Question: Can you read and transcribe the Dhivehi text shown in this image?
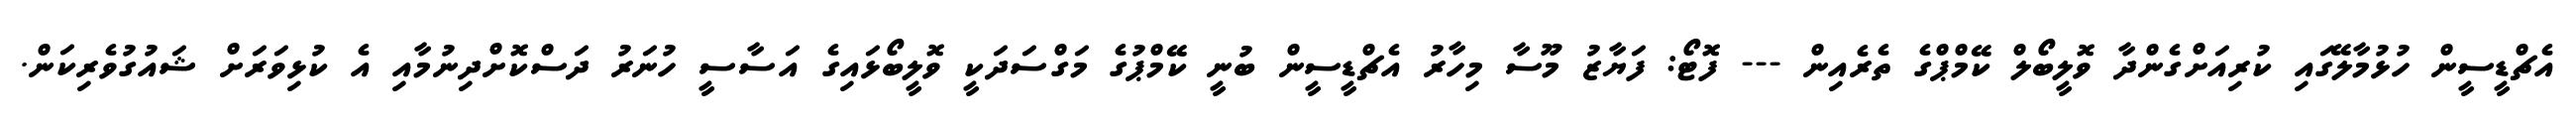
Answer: އެޗްޑީސީން ހުޅުމާލޭގައި ކުރިއަށްގެންދާ ވޮލީބޯލް ކޭމްޕްގެ ތެރެއިން --- ފޮޓޯ: ފަޔާޒު މޫސާ މިހާރު އެޗްޑީސީން ބުނީ ކޭމްޕުގެ މަގްސަދަކީ ވޮލީބޯޅައިގެ އަސާސީ ހުނަރު ދަސްކޮށްދިނުމާއި އެ ކުޅިވަރަށް ޝައުގުވެރިކަން.